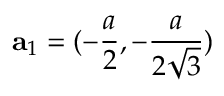
{ \bf a } _ { 1 } = ( - \frac { a } { 2 } , - \frac { a } { 2 \sqrt { 3 } } )